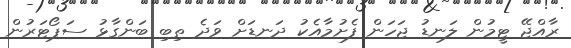
ރާއްޖޭ ޓީމުން ލަނޑު ޖަހަން ފެށުމާއެކު ދަނޑަށް ވަދެ ތިބި ބަންގާޅު ސަޕޯޓަރުން